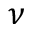
\nu